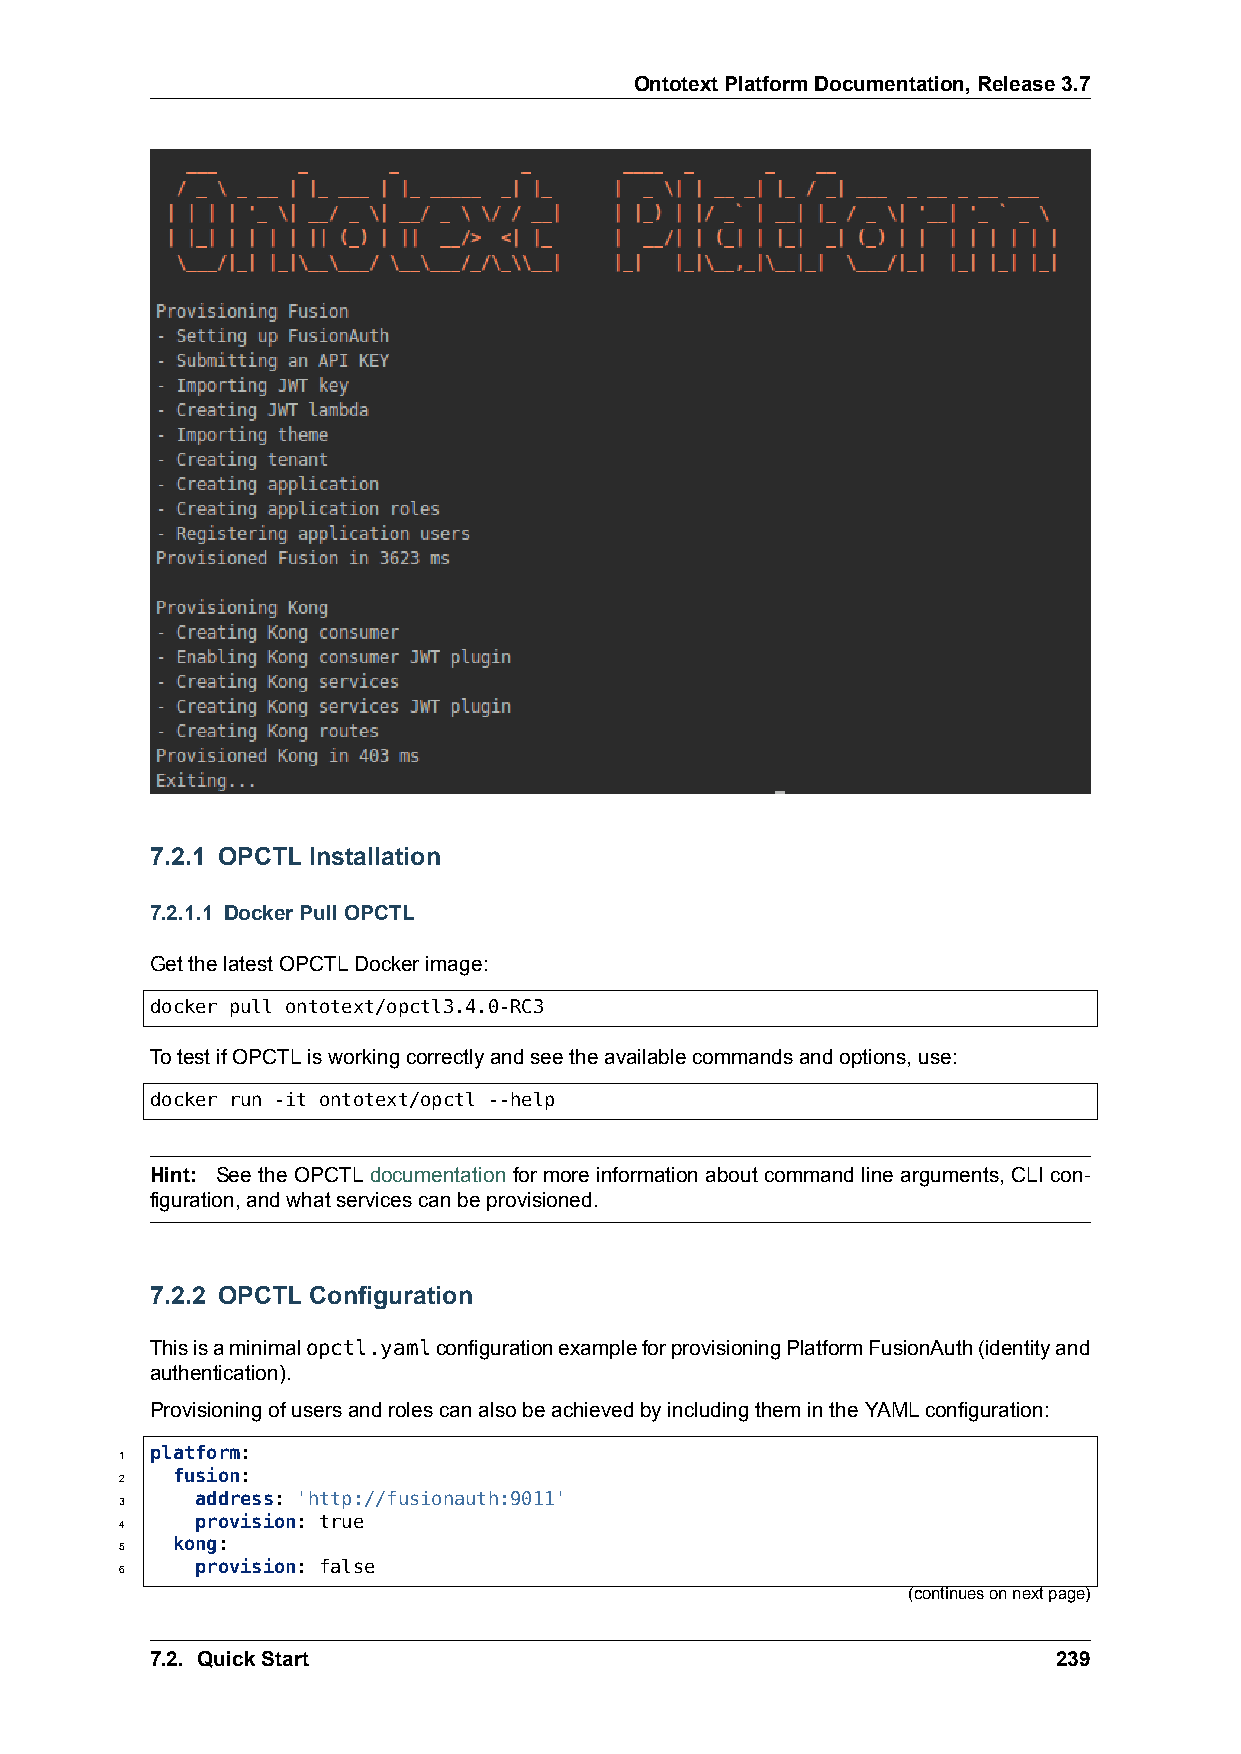
OntotextPlatformDocumentation,Release3.7
 7.2.1 OPCTL Installation
 7.2.1.1 DockerPullOPCTL
 GetthelatestOPCTLDockerimage:
 docker pull ontotext/opctl3.4.0-RC3
 TotestifOPCTLisworkingcorrectlyandseetheavailablecommandsandoptions,use:
 docker run -it ontotext/opctl --help
 Hint: See the OPCTL documentation for more information about command line arguments, CLI con-
 figuration,andwhatservicescanbeprovisioned.
 7.2.2 OPCTL Configuration
 Thisisaminimalopctl.yamlconfigurationexampleforprovisioningPlatformFusionAuth(identityand
 authentication).
 ProvisioningofusersandrolescanalsobeachievedbyincludingthemintheYAMLconfiguration:
 1 platform:
 2  fusion:
 3    address: 'http://fusionauth:9011'
 4    provision: true
 5  kong:
 6    provision: false
 (continuesonnextpage)
 7.2. QuickStart                                             239